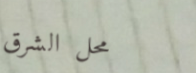
محل الشرق